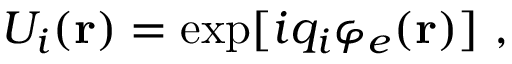
U _ { i } ( { \bf r } ) = \exp [ i q _ { i } \varphi _ { e } ( { \bf r } ) ] \ ,